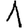
Digit: 1